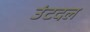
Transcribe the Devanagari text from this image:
उंटदल